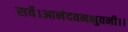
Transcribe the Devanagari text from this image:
सर्वे।आनंदवनभुवनी।।